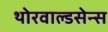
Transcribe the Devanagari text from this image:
थोरवाल्डसेन्स